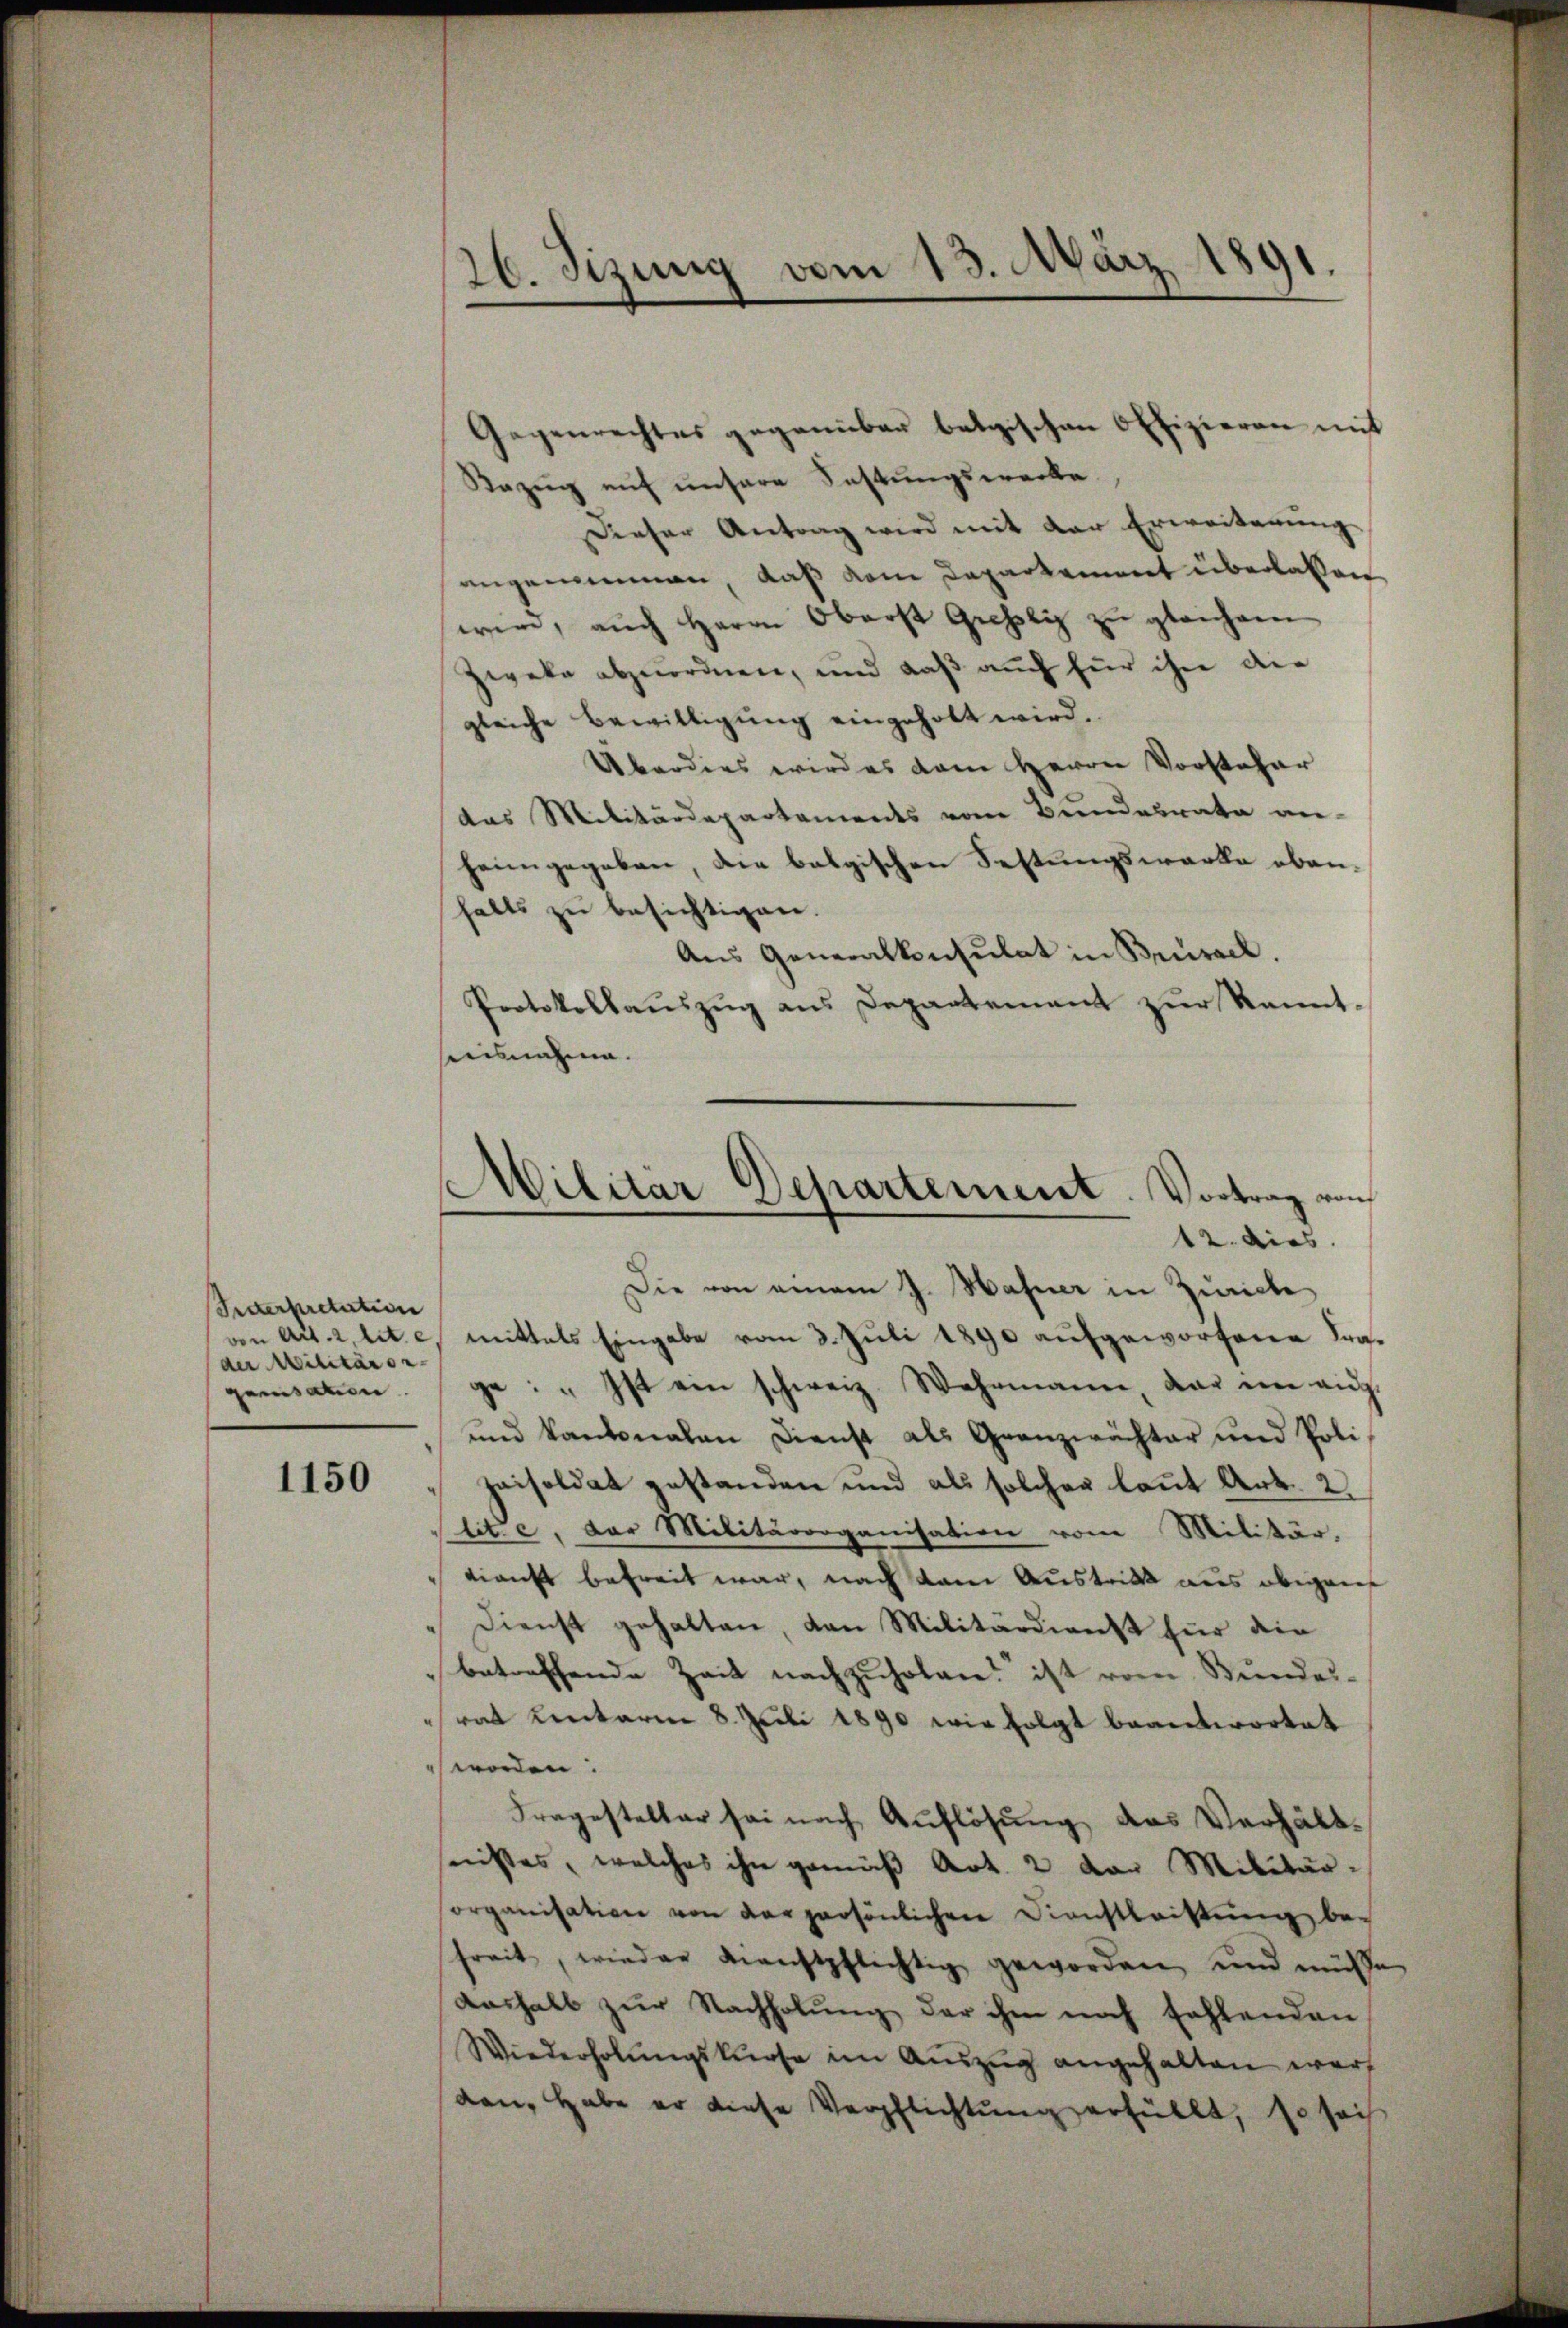
Setterpretation
von Art. 2, lit. e
der Militäror
gensaten.
1150

26. Sizung vom 13. März 1891.

Gegenrechtes gegenüber betrischen Offizieren mit
Bezug auf unsere Festungswerke
Dieser Antrag wird mit der Erweiterŭng
angenommen, daß dem Departement überlassen
wir, aŭch Herrn Oberst Gechli zŭ gleichae
Zweke abzuordnen, und daß auch für ihn die
gleiche Bewilligung eingeholt wird.
Uberdies wird es dem Herrn Vorsteher
das Militärdepartements vom Bundesrata an-
heimgegeben, die belgischen Festungswerke eben-
halts zu besichtigen.
Ans Generalkonsulat in Brüssel.
Protokollauszug aus Departement zur Kenntseeisnahme.
Die von einem J. Hahner in Zürich
mittals Eingabe vom 3. Juli 1890 aufgeworfene Trage: „Ist ein schweiz. Wehrmann, dar ein aŭf
und kantonalen Dienst als Granzwächter und Poli
zeisoldat gestanden und als solcher laut Art. 2
tit. e, der Militärorganisation vom Militär,
kienst befreit war, nach kam Austritt aus obigen
Dienst gehalten, dann Militärdienst für die
betreffende Zeit nachzuholen ist vom Bundes-
rat hinterm 8. Juli 1890 wie folgt beantwortet
worden:
Fragesteller sei nach Auflösung des Verhältnistes, welches ihn gemäß Art. 2 von Militärorganisation von der persönlichen Dienstleistŭng be-
freit, wieder dienstpflichtig geworden und müsse
deshalb zŭr Nachholŭng der ihm noch fehlenden
Wiederholŭngskurse im Aŭszŭg angehalten warf
dan, habe er diese Verpflichtŭng erfüllt, so sei

Militar Departement. Vortrag von
12. dies